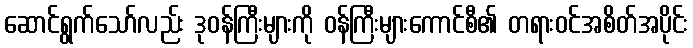
ဆောင်ရွက်သော်လည်း ဒုဝန်ကြီးများကို ဝန်ကြီးများကောင်စီ၏ တရားဝင်အစိတ်အပိုင်း